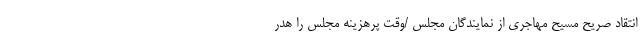
انتقاد صریح مسیح مهاجری از نمایندگان مجلس /وقت پرهزینه مجلس را هدر